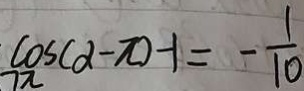
\cos ( \alpha - \pi ) - 1 = - \frac { 1 } { 1 0 }